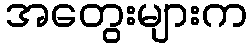
အတွေးများက